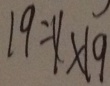
1 9 = x \times 1 9